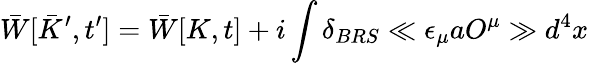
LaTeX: \bar{W}[\bar{K}^{\prime},t^{\prime}]=\bar{W}[K,t]+i\int\delta_{BRS}\ll\epsilon_{\mu}aO^{\mu}\gg d^{4}x